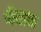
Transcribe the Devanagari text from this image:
नेग्रास